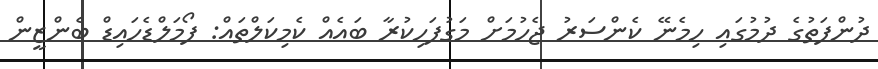
ދުންފަތުގެ ދުމުގައި ހިމެނޭ ކެންސަރު ޖެހުމަށް މަގުފަހިކުރާ ބައެއް ކެމިކަލްތައް: ފޯމަލްޑެހައިޑް ބެންޒީން